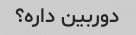
دوربین داره؟